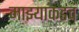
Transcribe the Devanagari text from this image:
माझ्याकडचं